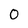
Character: 0